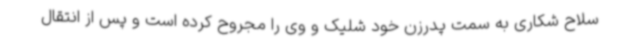
سلاح شکاری به سمت پدرزن خود شلیک و وی را مجروح کرده است و پس از انتقال